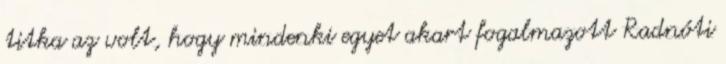
titka az volt, hogy mindenki egyet akart fogalmazott Radnóti